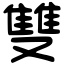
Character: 雙